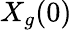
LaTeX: X_{g}(0)